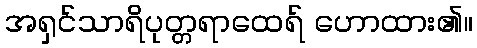
အရှင်သာရိပုတ္တရာထေရ် ဟောထား၏။